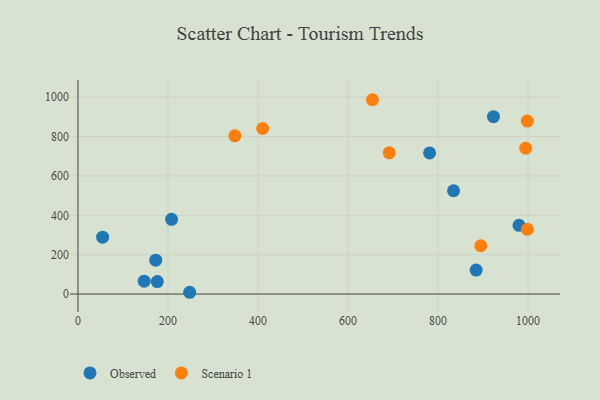
{"axis": {"x": "Distance", "y": "Rating"}, "legend": ["Observed", "Scenario 1"], "data": [{"x": "834.5", "y": 524.7, "type": "Observed"}, {"x": "781.3", "y": 717.0, "type": "Observed"}, {"x": "208.0", "y": 379.6, "type": "Observed"}, {"x": "884.7", "y": 121.7, "type": "Observed"}, {"x": "172.8", "y": 172.0, "type": "Observed"}, {"x": "923.2", "y": 901.2, "type": "Observed"}, {"x": "979.9", "y": 349.3, "type": "Observed"}, {"x": "147.2", "y": 65.6, "type": "Observed"}, {"x": "248.2", "y": 9.0, "type": "Observed"}, {"x": "54.8", "y": 288.9, "type": "Observed"}, {"x": "176.3", "y": 63.6, "type": "Observed"}, {"x": "998.4", "y": 878.8, "type": "Scenario 1"}, {"x": "654.3", "y": 987.3, "type": "Scenario 1"}, {"x": "998.5", "y": 328.9, "type": "Scenario 1"}, {"x": "348.5", "y": 804.1, "type": "Scenario 1"}, {"x": "895.0", "y": 245.5, "type": "Scenario 1"}, {"x": "410.4", "y": 841.0, "type": "Scenario 1"}, {"x": "691.6", "y": 717.5, "type": "Scenario 1"}, {"x": "994.7", "y": 740.8, "type": "Scenario 1"}]}